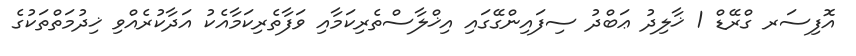
އޮފިސަރ ގްރޭޑް 1 ޚާލިދު ޢަބްދު ސިފައިންގޭގައި އިޚްލާސްތެރިކަމާއި ވަފާތެރިކަމާއެކު އަދާކުރެއްވި ޚިދުމަތްތަކުގެ